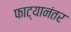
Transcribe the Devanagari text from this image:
फाट्यानंतर